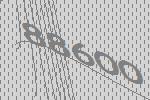
88600